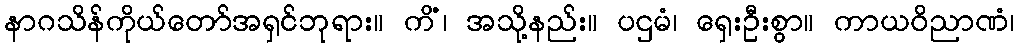
နာဂသိန်ကိုယ်တော်အရှင်ဘုရား။ ကိံ၊ အသို့နည်း။ ပဌမံ၊ ရှေးဦးစွာ။ ကာယဝိညာဏံ၊